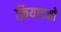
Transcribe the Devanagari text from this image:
क्रियादक्षो